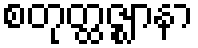
စတုတ္ထဇ္ဈာနာ